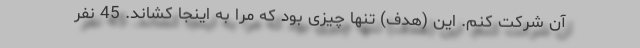
آن شرکت کنم. این (هدف) تنها چیزی بود که مرا به اینجا کشاند. 45 نفر